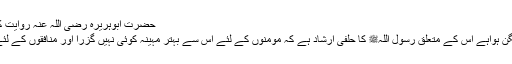
حضرت ابوہریرہ رضی اللہ عنہ روایت کرتے ہیں کہ رسول اللہﷺ نے فرمایا:
’’تمہارا یہ مہینہ تمہارے لئے سایہ فگن ہواہے اس کے متعلق رسول اللہﷺ کا حلفی ارشاد ہے کہ مومنوں کے لئے اس سے بہتر مہینہ کوئی نہیں گزرا اور منافقوں کے لئے اس سے بُرا مہینہ کوئی نہیں گزرا۔